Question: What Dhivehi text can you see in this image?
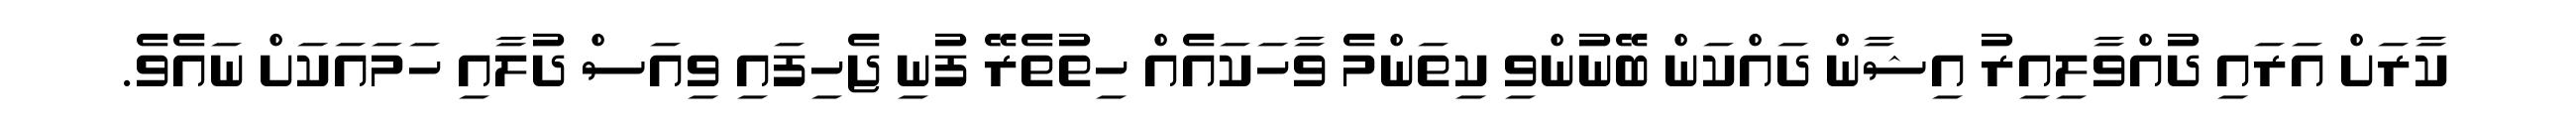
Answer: ކާރަށް އަރައި ދުއްވާލިއިރު އިޝާން ދައްކަން ބޭނުންވި ކިތަންމެ ވާހަކައެއް ހިތުތެރޭ ފުނި ޖެހިފައި ވިއަސް ދުލާއި ހަމައަކަށް ނައެވެ.